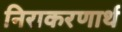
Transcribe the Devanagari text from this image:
निराकरणार्थ